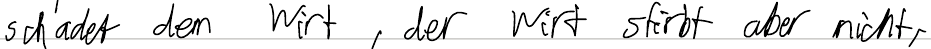
schadet dem Wirt, der Wirt stirbt aber nicht,